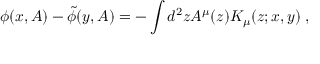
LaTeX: \phi ( x , { \cal A } ) - \tilde { \phi } ( y , { \cal A } ) = - \int d ^ { 2 } z { \cal A } ^ { \mu } ( z ) { \cal K } _ { \mu } ( z ; x , y ) \; ,